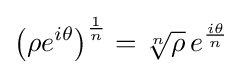
\left(\rho e^{i\theta }\right)^{\frac {1}{n}}={\sqrt[{n}]{\rho }}\,e^{\frac {i\theta }{n}}